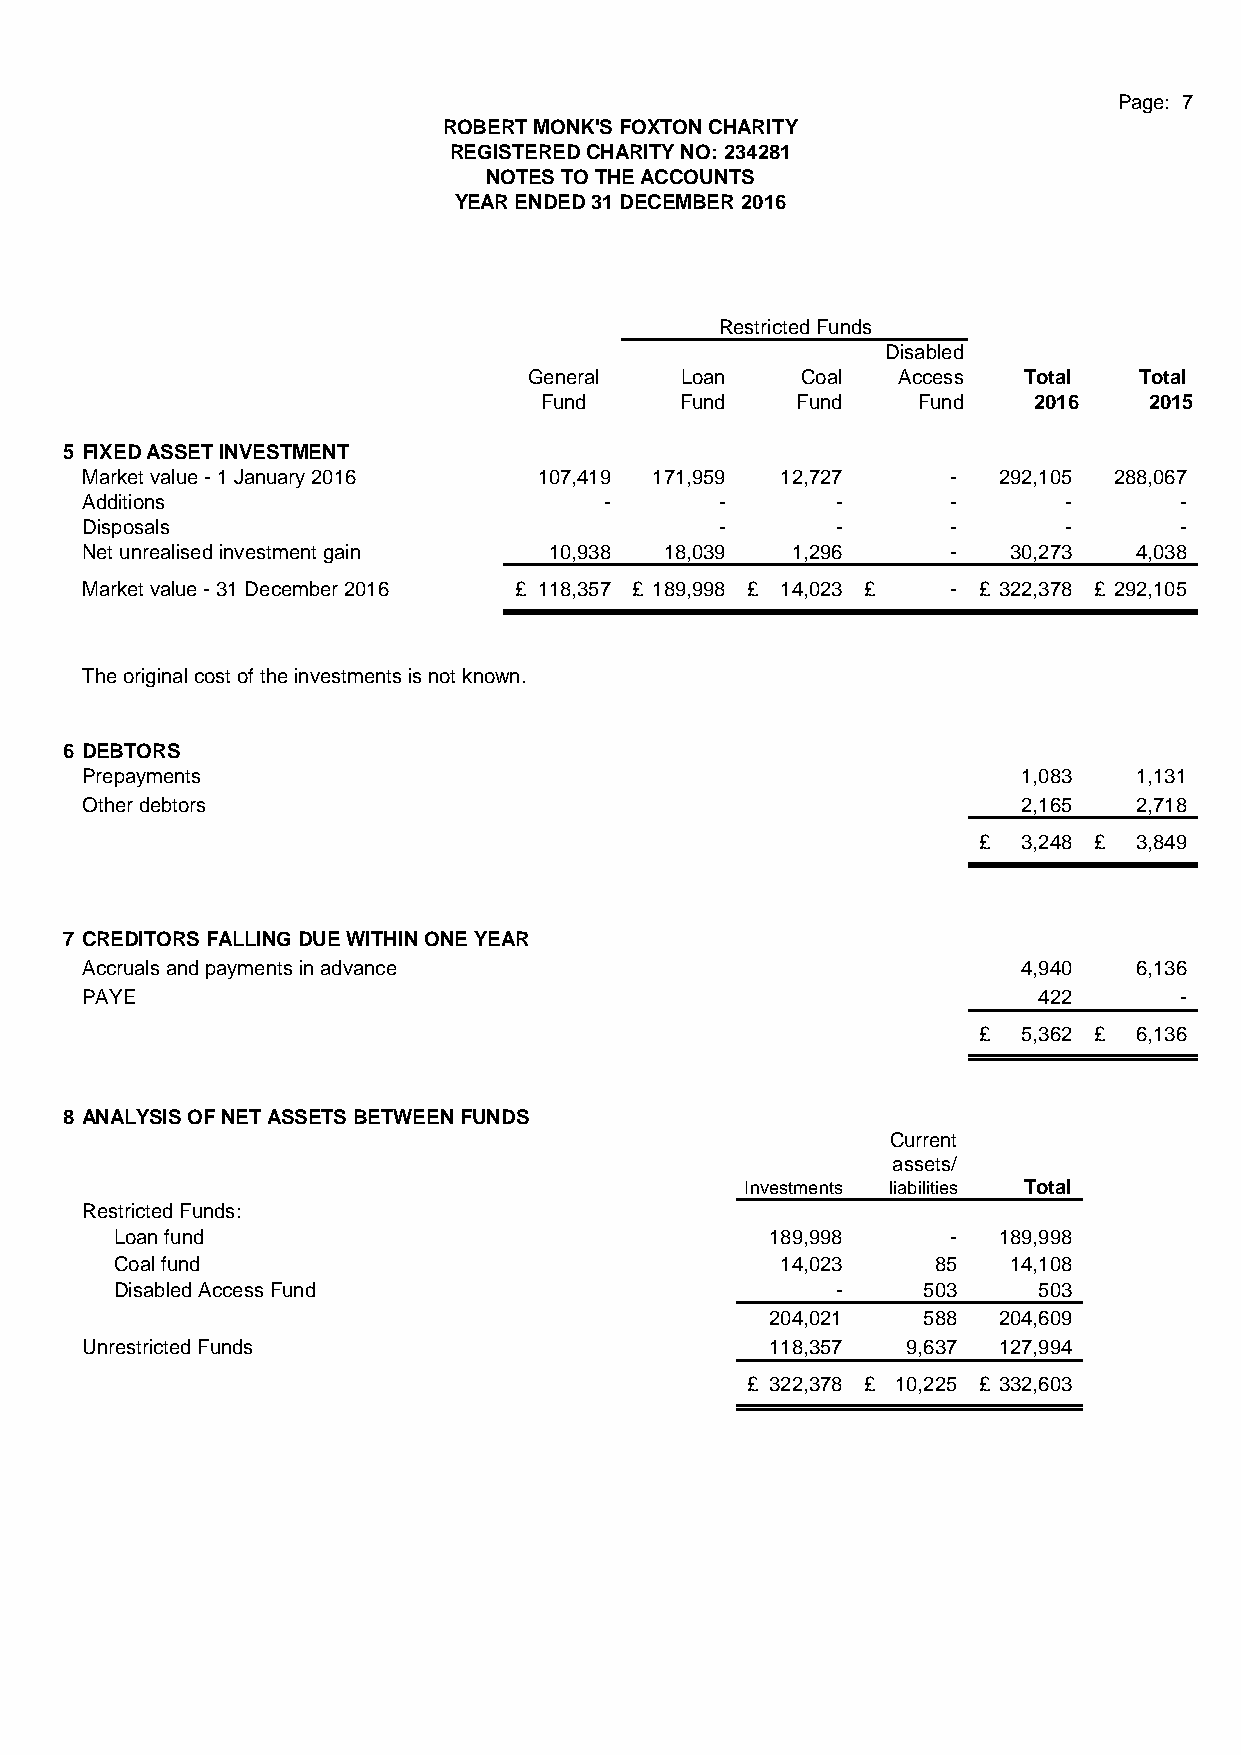
Page: 7
 ROBERT MONK'S FOXTON CHARITY
 REGISTERED CHARITY NO: 234281
 NOTES TO THE ACCOUNTS
 YEAR ENDED 31 DECEMBER 2016
 Restricted Funds
 Disabled
 General   Loan    Coal  Access   Total  Total
 Fund     Fund    Fund    Fund   2016    2015
 5 FIXED ASSET INVESTMENT
 Market value - 1 January 2016  1 07,419 171,959 12,727    -  292,105 288,067
 Additions                          -       -      -       -      -       -
 Disposals                                  -      -       -      -       -
 Net unrealised investment gain 1 0,938 18,039  1,296      -   30,273  4,038
 Market value - 31 December 2016 £ 118,357 £ 189,998 £ 14,023 £ - £ 322,378 £ 292,105
 The original cost of the investments is not known.
 6 DEBTORS
 Prepayments                                                    1,083  1 ,131
 Other debtors                                                  2,165  2,718
 £  3,248 £ 3,849
 7 CREDITORS FALLING DUE WITHIN ONE YEAR
 Accruals and payments in advance                               4,940  6,136
 PAYE                                                            422      -
 £  5,362 £ 6,136
 8 ANALYSIS OF NET ASSETS BETWEEN FUNDS
 Current
 assets/
 Investments liabilities Total
 Restricted Funds:
 Loan fund                                  189,998     -  189,998
 Coal fund                                   14,023    85   14,108
 Disabled Access Fund                           -     503     503
 204,021   588  204,609
 Unrestricted Funds                            118,357  9,637 127,994
 £ 322,378 £ 10,225 £ 332,603